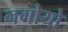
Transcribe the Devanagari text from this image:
नगोयो